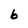
Character: 6